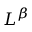
L ^ { \beta }